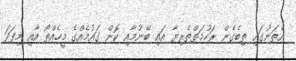
އެތަނުގައި ތިބެގެން ރަހުމަތްތެރިޔާ އައި ބޭނުމާއި ކޮން ގައުމެއްގެ މީހެއްތޯ އާއި މިފަދަ